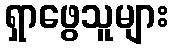
ရှာဖွေသူများ